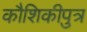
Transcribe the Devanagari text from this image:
कौशिकीपुत्र